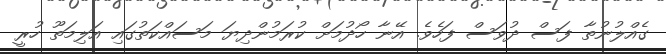
ގެއްލުނުތާ ފަސް ދުވަސް ފަހެވެ. އޭނާ ހޯދުމަށް ކުރަމުންދިޔަ މަސައްކަތުގައި އަލިމަތޫ ހުރީ